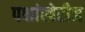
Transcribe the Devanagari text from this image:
पक्षांखेरीज